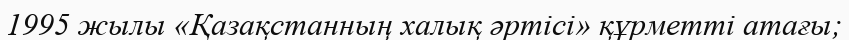
1995 жылы «Қазақстанның халық әртісі» құрметті атағы;